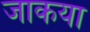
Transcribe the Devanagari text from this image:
जाकया